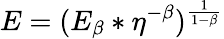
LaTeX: E=(E_{\beta}*\eta^{-\beta})^{\frac{1}{1-\beta}}